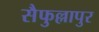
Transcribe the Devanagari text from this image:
सैफुल्लापुर